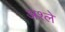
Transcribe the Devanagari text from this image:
अश्ले